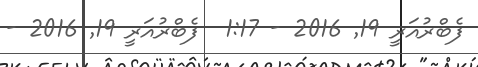
ފެބްރުއަރީ 19